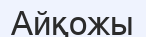
Айқожы